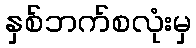
နှစ်ဘက်စလုံးမှ